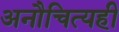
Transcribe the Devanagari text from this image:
अनौचित्यही